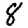
Digit: 8